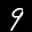
Label: 9